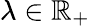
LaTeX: \lambda\in\mathbb{R}_{+}